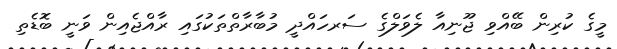
މީގެ ކުރިން ބޭއްވި ޖޫނިއާ ލެވަލްގެ ސަރހައްދީ މުބާރާތްތަކުގައި ރާއްޖެއިން ވަނީ ބޮޑެތި